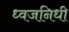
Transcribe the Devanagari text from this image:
ध्वजनिधी